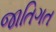
જાતિગત